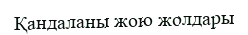
Қандаланы жою жолдары